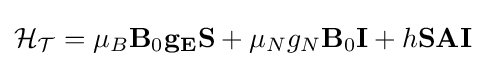
{\mathcal {H_{T}}}=\mu _{B}\mathbf {B} _{0}\mathbf {g_{E}} \mathbf {S} +\mu _{N}g_{N}\mathbf {B} _{0}\mathbf {I} +h\mathbf {SAI}